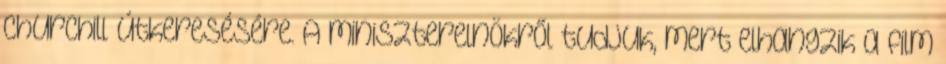
Churchill útkeresésére. A miniszterelnökről tudjuk, mert elhangzik a film